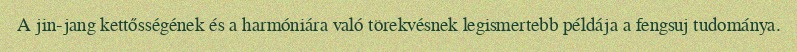
A jin-jang kettősségének és a harmóniára való törekvésnek legismertebb példája a fengsuj tudománya.